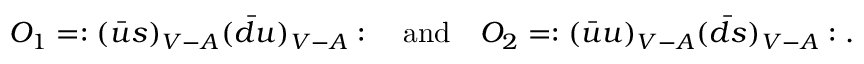
O _ { 1 } = : ( \bar { u } s ) _ { V - A } ( \bar { d } u ) _ { V - A } : \quad \mathrm { a n d } \quad O _ { 2 } = : ( \bar { u } u ) _ { V - A } ( \bar { d } s ) _ { V - A } : .